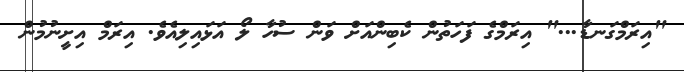
"އިރަމްގަނޑާ..." އިރަމްގެ ފަހަތުން ކެބިންއަށް ވަން ސުހާ ލޯ އަޅައިލިއެވެ. އިރަމް އިށީނުމުން